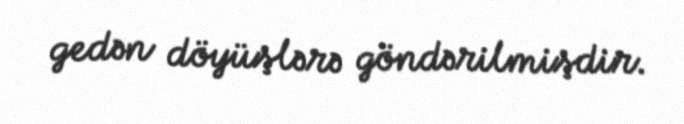
gedən döyüşlərə göndərilmişdir.